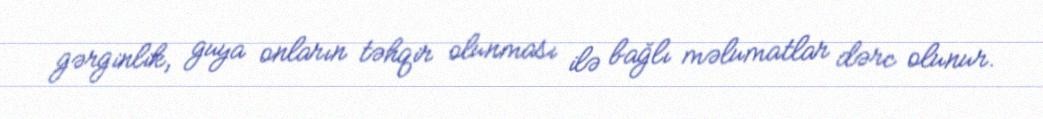
gərginlik, guya onların təhqir olunması ilə bağlı məlumatlar dərc olunur.